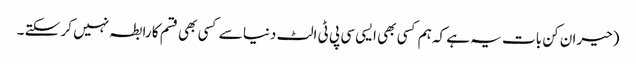
(حیران کن بات یہ ہے کہ ہم کسی بھی ایسی سی پی ٹی الٹ دنیا سے کسی بھی قسم کا رابطہ نہیں کر سکتے ۔